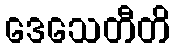
ဒေသေတီတိ